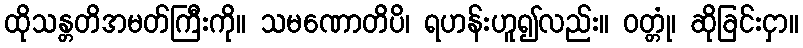
ထိုသန္တတိအမတ်ကြီးကို။ သမဏောတိပိ၊ ရဟန်းဟူ၍လည်း။ ဝတ္တုံ၊ ဆိုခြင်းငှာ။